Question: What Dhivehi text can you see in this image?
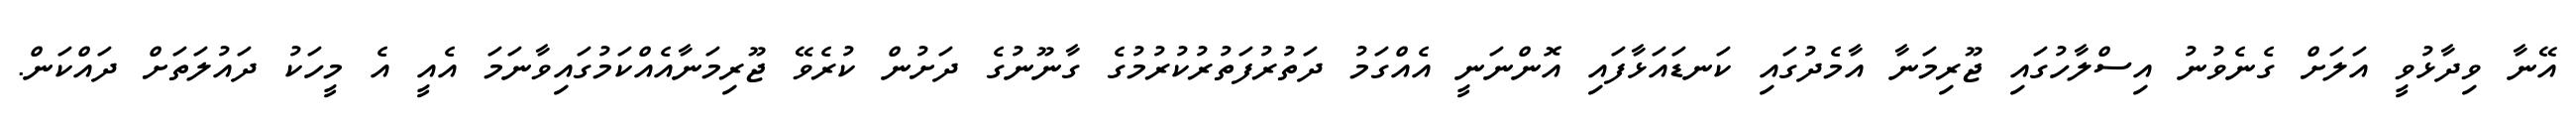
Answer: އޭނާ ވިދާޅުވީ އަލަށް ގެނެވުނު އިސްލާހުގައި ޖޫރިމަނާ އާމެދުގައި ކަނޑައަޅާފައި އޮންނަނީ އެއްގަމު ދަތުރުފަތުރުކުރުމުގެ ގާނޫނުގެ ދަށުން ކުރެވޭ ޖޫރިމަނާއެއްކަމުގައިވާނަމަ އެއީ އެ މީހަކު ދައުލަތަށް ދައްކަން.